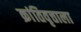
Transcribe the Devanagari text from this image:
क्रांतिवृत्ताला